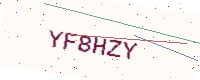
Text: YF8HZY